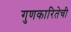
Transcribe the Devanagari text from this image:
गुणकारितेची